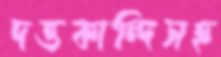
দত্তকান্দিসহ